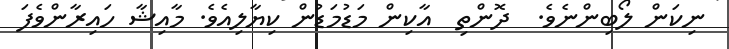
ނިކަން ލޯބިންނެވެ.  ދޮންތި  އާކިން މަޑުމަޑުން ކިޔާލިއެވެ. މާއިޝާ ހައިރާންވެފަ